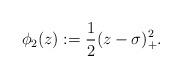
LaTeX: \begin{align*}\phi_2(z):=\frac{1}{2}(z-\sigma)_+^2.\end{align*}